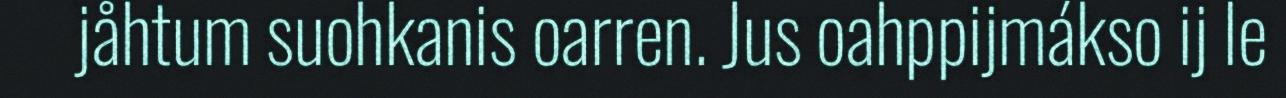
jåhtum suohkanis oarren. Jus oahppijmákso ij le